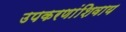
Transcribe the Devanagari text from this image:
उपकरणांशिवाय